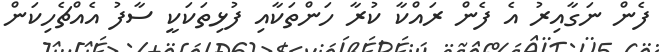
ފެން ނަގާއިރު އެ ފެން ރައްކާ ކުރާ ހަންތަކާއި ފުޅިތަކަކީ ސާފު އެއްޗެހިކަން